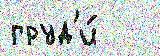
груд'и́